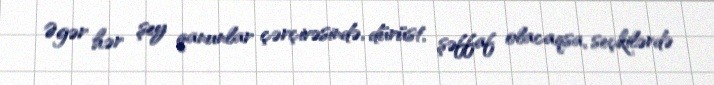
Əgər hər şey qanunlar çərçivəsində, dürüst, şəffaf olacaqsa, seçkilərdə